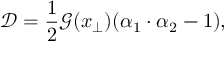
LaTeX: \mathcal { D } = { \frac { 1 } { 2 } } \mathcal { G } ( x _ { \perp } ) ( \alpha _ { 1 } \cdot \alpha _ { 2 } - 1 ) ,